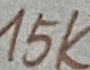
Text: 15K